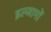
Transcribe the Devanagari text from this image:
इल्जामों